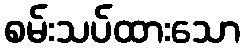
စမ်းသပ်ထားသော